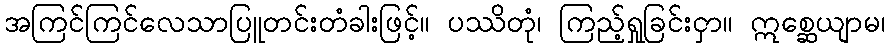
အကြင်ကြင်လေသာပြူတင်းတံခါးဖြင့်။ ပဿိတုံ၊ ကြည့်ရှုခြင်းငှာ။ ဣစ္ဆေယျာမ၊